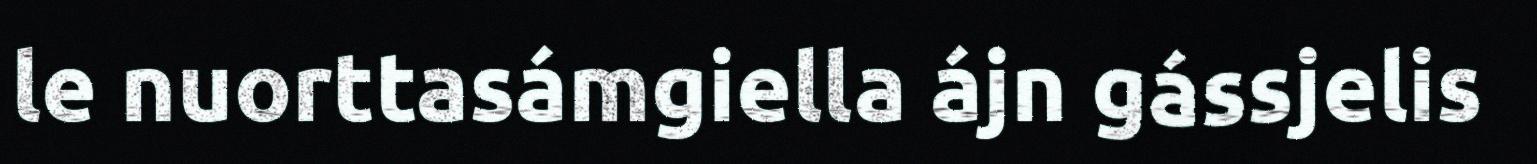
le nuorttasámgiella ájn gássjelis